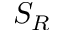
S _ { R }